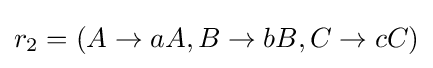
r_{2}=(A\to aA,B\to bB,C\to cC)